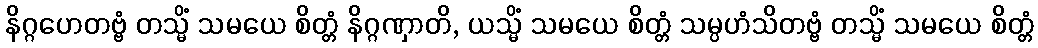
နိဂ္ဂဟေတဗ္ဗံ တသ္မိံ သမယေ စိတ္တံ နိဂ္ဂဏှာတိ, ယသ္မိံ သမယေ စိတ္တံ သမ္ပဟံသိတဗ္ဗံ တသ္မိံ သမယေ စိတ္တံ